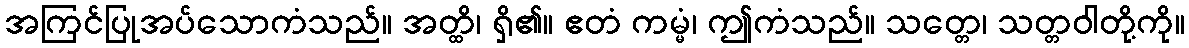
အကြင်ပြုအပ်သောကံသည်။ အတ္ထိ၊ ရှိ၏။ ဧတံ ကမ္မံ၊ ဤကံသည်။ သတ္တေ၊ သတ္တဝါတို့ကို။